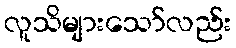
လူသိများသော်လည်း